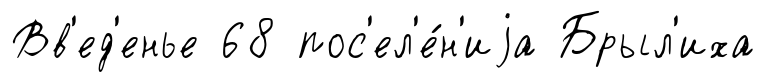
Вв'ед'енье 68 пос'ел'е́н'иjа Брыл'иха